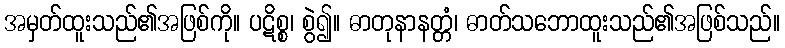
အမှတ်ထူးသည်၏အဖြစ်ကို။ ပဋိစ္စ၊ စွဲ၍။ ဓာတုနာနတ္တံ၊ ဓာတ်သဘောထူးသည်၏အဖြစ်သည်။